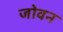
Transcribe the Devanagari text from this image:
जोवन